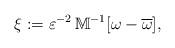
LaTeX: \begin{align*}\xi:=\varepsilon^{-2}\,\mathbb{M}^{-1} [\omega-\overline{\omega}],\end{align*}